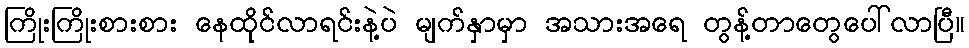
ကြိုးကြိုးစားစား နေထိုင်လာရင်းနဲ့ပဲ မျက်နှာမှာ အသားအရေ တွန့်တာတွေပေါ်လာပြီ။